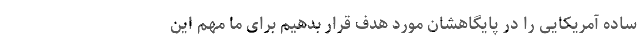
ساده آمریکایی را در پایگاهشان مورد هدف قرار بدهیم برای ما مهم این